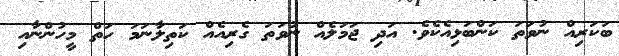
ބަކަރިއް ނުވަތަ ކަންބަޅިއެކެވެ. އަދި ޖަމަލެއް ނުވަތަ ގެރިއެއް ކަތިލާނަމަ ހަތް މީހުންނާއި